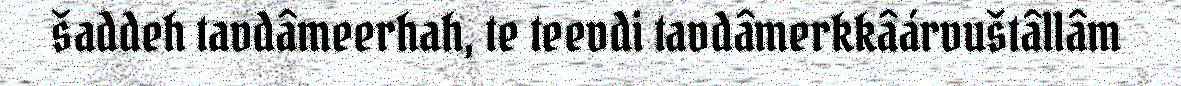
šaddeh tavdâmeerhah, te teevdi tavdâmerkkâárvuštâllâm